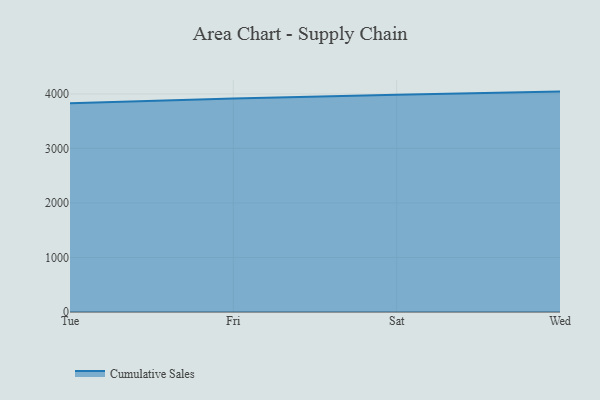
{"axis": {"x": "Day", "y": "Page Views"}, "legend": ["Cumulative Sales"], "data": [{"x": "Tue", "y": 3828.5, "type": "Cumulative Sales"}, {"x": "Fri", "y": 3917.8, "type": "Cumulative Sales"}, {"x": "Sat", "y": 3983.8, "type": "Cumulative Sales"}, {"x": "Wed", "y": 4042.3, "type": "Cumulative Sales"}]}